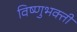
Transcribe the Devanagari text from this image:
विष्णुभक्ती